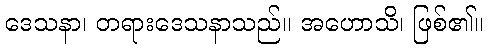
ဒေသနာ၊ တရားဒေသနာသည်။ အဟောသိ၊ ဖြစ်၏။